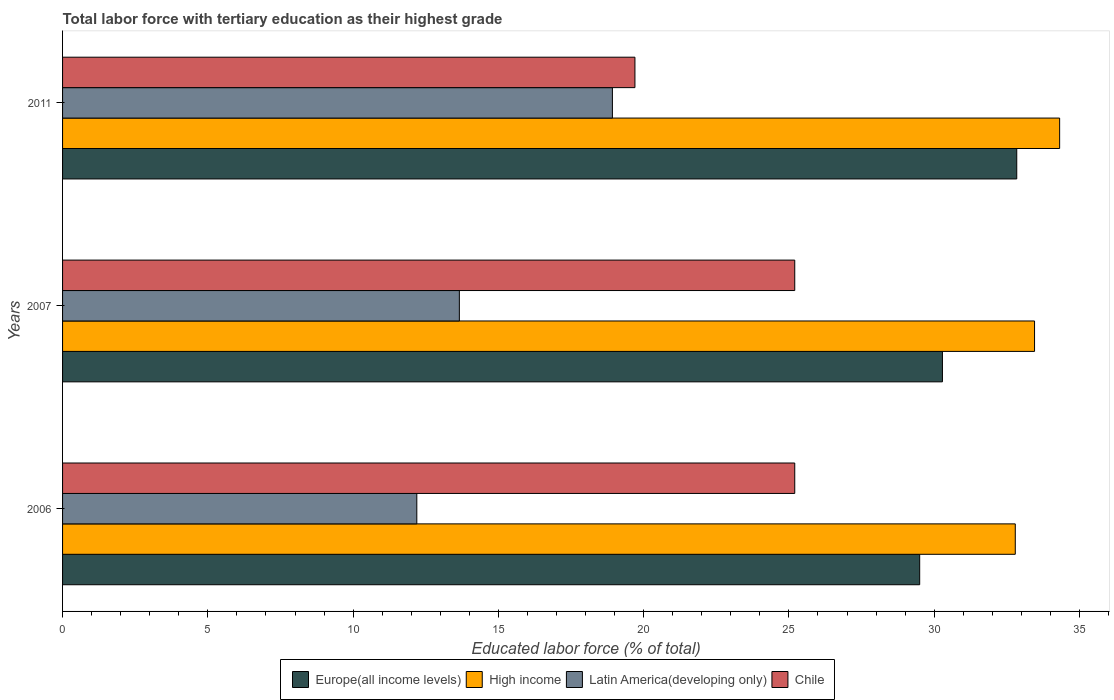
| Years | Europe(all income levels) | High income | Latin America(developing only) | Chile |
 | --- | --- | --- | --- | --- |
 | 2006 | 29.5 | 32.8 | 12.2 | 25.2 |
 | 2007 | 30.3 | 33.5 | 13.7 | 25.2 |
 | 2011 | 32.8 | 34.3 | 18.9 | 19.7 |